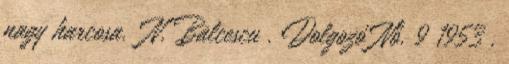
nagy harcosa. N. Bălcescu . Dolgozó Nő. 9 1953 .